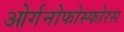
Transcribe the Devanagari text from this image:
ओर्गनोफोस्फोरस